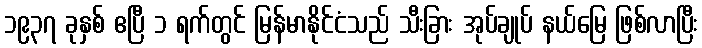
၁၉၃၇ ခုနှစ် ဧပြီ ၁ ရက်တွင် မြန်မာနိုင်ငံသည် သီးခြား အုပ်ချုပ် နယ်မြေ ဖြစ်လာပြီး